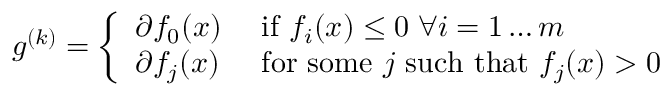
g ^ { ( k ) } = { \left\{ \begin{array} { l l } { \partial f _ { 0 } ( x ) } & { { \mathrm { ~ i f ~ } } f _ { i } ( x ) \leq 0 \; \forall i = 1 \dots m } \\ { \partial f _ { j } ( x ) } & { { \mathrm { ~ f o r ~ s o m e ~ } } j { \mathrm { ~ s u c h ~ t h a t ~ } } f _ { j } ( x ) > 0 } \end{array} \right. }